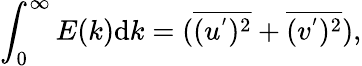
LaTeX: \int_{0}^{\infty}E(k)\mathrm{d}k=(\overline{{{(u^{'})^{2}}}}+\overline{{{(v^{'})^{2}}}}),